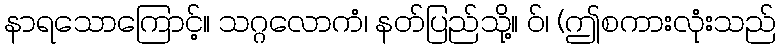
နာရသောကြောင့်။ သဂ္ဂလောကံ၊ နတ်ပြည်သို့။ ဝ်၊ (ဤစကားလုံးသည်